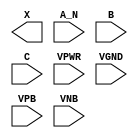
module sky130_fd_sc_lp__and3b (
    X   ,
    A_N ,
    B   ,
    C   ,
    VPWR,
    VGND,
    VPB ,
    VNB
);

    output X   ;
    input  A_N ;
    input  B   ;
    input  C   ;
    input  VPWR;
    input  VGND;
    input  VPB ;
    input  VNB ;
endmodule